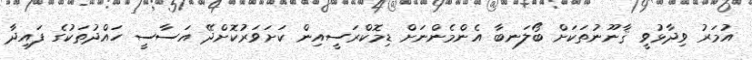
އުމަރު ވިދާޅުވީ ޤާނޫނުތަކަށް ބޯލަނބާ އެންމެންނަށް ޑިމޮކްރަސީއިން ކަށަވަރުކޮށްދޭ އަސާސީ ހައްދުތަކުގެ ފައިދާ